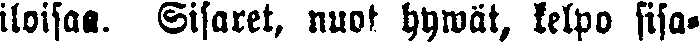
iloisaa. Sisaret, nuot hywät, kelpo sisa-